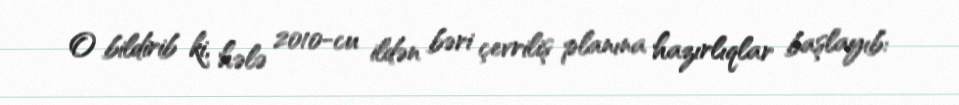
O bildirib ki, hələ 2010-cu ildən bəri çevriliş planına hazırlıqlar başlayıb: